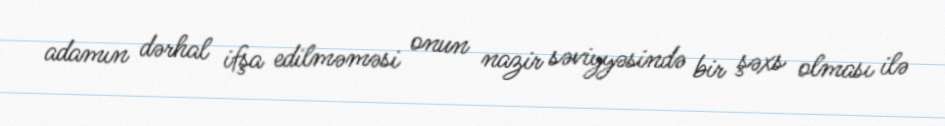
adamın dərhal ifşa edilməməsi onun nazir səviyyəsində bir şəxs olması ilə